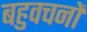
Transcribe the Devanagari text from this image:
बहुवचनों